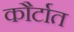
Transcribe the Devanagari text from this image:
कौर्टात